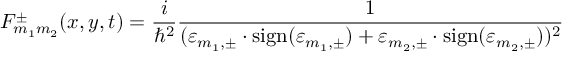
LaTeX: { \cal F } _ { m _ { 1 } m _ { 2 } } ^ { \pm } ( x , y , t ) = \frac { i } { { \hbar } ^ { 2 } } \frac { 1 } { ( { \varepsilon } _ { m _ { 1 } , \pm } \cdot \mathrm { s i g n } ( { \varepsilon } _ { m _ { 1 } , \pm } ) + { \varepsilon } _ { m _ { 2 } , \pm } \cdot \mathrm { s i g n } ( { \varepsilon } _ { m _ { 2 } , \pm } ) ) ^ { 2 } }